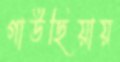
গাউছিয়ায়